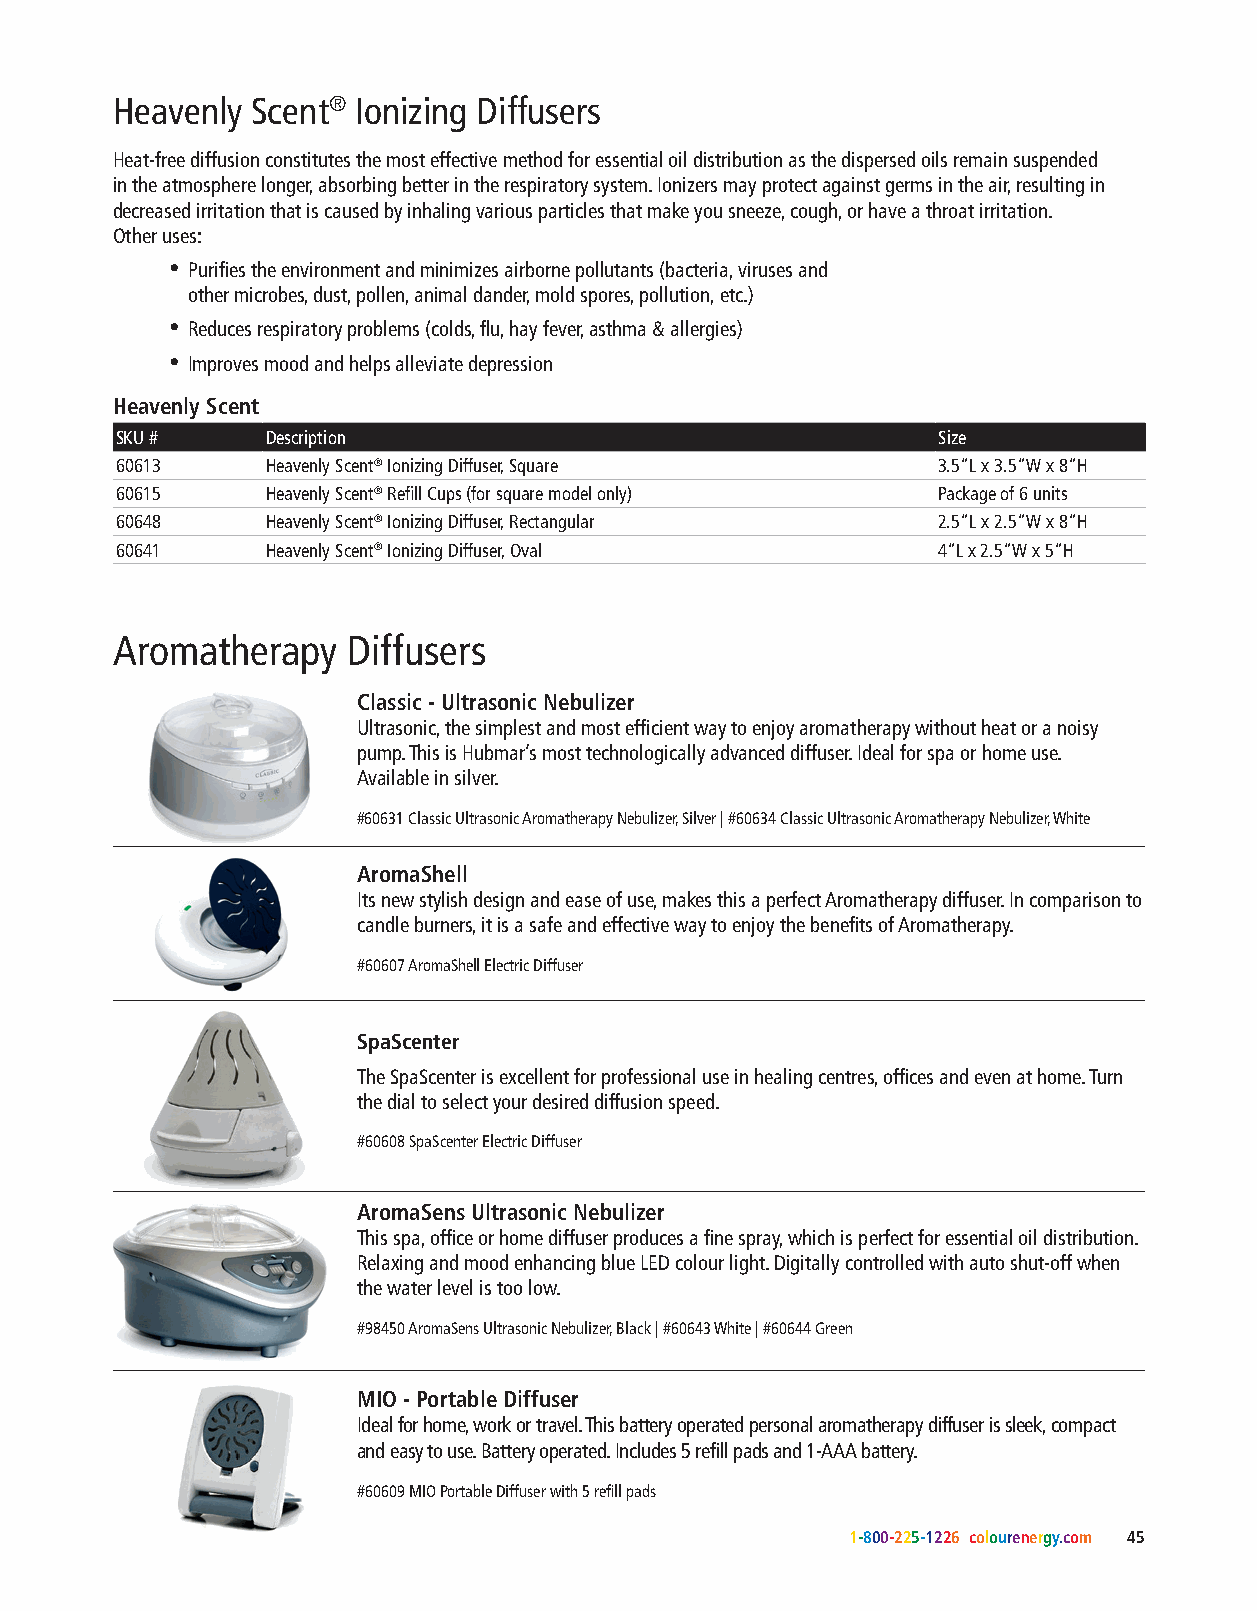
Heavenly  Scent® Ionizing Diffusers
 Heat-free diffusion constitutes the most effective method for essential oil distribution as the dispersed oils remain suspended
 Breath easier and more deeply! in the atmosphere longer, absorbing better in the respiratory system. Ionizers may protect against germs in the air, resulting in
 decreased irritation that is caused by inhaling various particles that make you sneeze, cough, or have a throat irritation.
 Other uses:
 • Purifies the environment and minimizes airborne pollutants (bacteria, viruses and
 other microbes, dust, pollen, animal dander, mold spores, pollution, etc.)
 • Reduces respiratory problems (colds, flu, hay fever, asthma & allergies)
 • Improves mood and helps alleviate depression
 Heavenly Scent
 SKU #     Description                                 Size
 60613     Heavenly Scent® Ionizing Diffuser, Square   3.5”L x 3.5”W x 8”H
 60615     Heavenly Scent® Refill Cups (for square model only) Package of 6 units
 60648     Heavenly Scent® Ionizing Diffuser, Rectangular 2.5”L x 2.5”W x 8”H
 60641     Heavenly Scent® Ionizing Diffuser, Oval     4”L x 2.5”W x 5”H
 Aromatherapy    Diffusers
 Classic - Ultrasonic Nebulizer
 Ultrasonic, the simplest and most efficient way to enjoy aromatherapy without heat or a noisy
 pump. This is Hubmar’s most technologically advanced diffuser. Ideal for spa or home use.
 Available in silver.
 #60631 Classic Ultrasonic Aromatherapy Nebulizer, Silver | #60634 Classic Ultrasonic Aromatherapy Nebulizer, White
 AromaShell
 Its new stylish design and ease of use, makes this a perfect Aromatherapy diffuser. In comparison to
 candle burners, it is a safe and effective way to enjoy the benefits of Aromatherapy.
 #60607 AromaShell Electric Diffuser
 SpaScenter
 The SpaScenter is excellent for professional use in healing centres, offices and even at home. Turn
 the dial to select your desired diffusion speed.
 #60608 SpaScenter Electric Diffuser
 AromaSens Ultrasonic Nebulizer
 This spa, office or home diffuser produces a fine spray, which is perfect for essential oil distribution.
 Heavenly Scent® Ionizing Diffuser Rectangle Relaxing and mood enhancing blue LED colour light. Digitally controlled with auto shut-off when
 #60648                  the water level is too low.
 #98450 AromaSens Ultrasonic Nebulizer, Black | #60643 White | #60644 Green
 Heavenly Scent® Ionizing Diffuser Oval MIO - Portable Diffuser
 #60641                  Ideal for home, work or travel. This battery operated personal aromatherapy diffuser is sleek, compact
 and easy to use. Battery operated. Includes 5 refill pads and 1-AAA battery.
 #60609 MIO Portable Diffuser with 5 refill pads
 1-800-225-1226 colourenergy.com 45